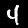
Label: 4